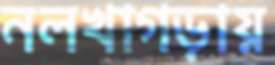
নলখাগড়ায়